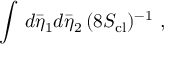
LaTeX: \int \, d { \bar { \eta } } _ { 1 } d { \bar { \eta } } _ { 2 } \, ( 8 S _ { \mathrm { c l } } ) ^ { - 1 } \ ,